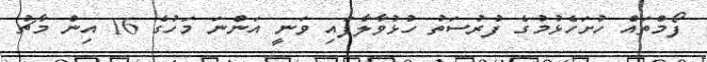
ފޯމްތައް ހުށަހެޅުމުގެ ފުރުސަތު ހުޅުވާލާފައި ވަނީ އަންނަ މަހުގެ 16 އިން މާޗު